Plague in India, 1896, 1897 - Volume 2
Year: 1896
Disease focus: Plague
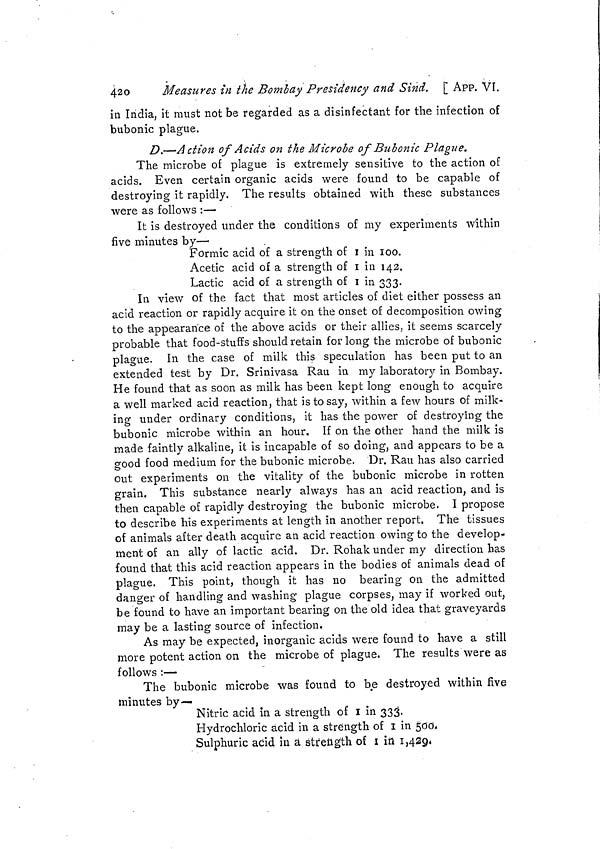
420
Measures in the Bombay Presidency and Sind. [ APP. VI.
in India, it must not be regarded as a disinfectant for the infection of
bubonic plague.
D.—Action of Acids on the Microbe of Bubonic Plague.
The microbe of plague is extremely sensitive to the action of
acids. Even certain organic acids were found to be capable of
destroying it rapidly. The results obtained with these substances
were as follows :—
It is destroyed under the conditions of my experiments within
five minutes by—•
Formic acid of a strength of I in 100.
Acetic acid of a strength of I in 142,
Lactic acid of a strength of I in 333.
In view of the fact that most articles of diet either possess an
acid reaction or rapidly acquire it on the onset of decomposition owing
to the appearance of the above acids or their allies, it seems scarcely
probable that food-stuffs should retain for long the microbe of bubonic
plague. In the case of milk this speculation has been put to an
extended test by Dr. Srinivasa Rau in my laboratory in Bombay.
He found that as soon as milk has been kept long enough to acquire
a well marked acid reaction, that is to say, within a few hours of milk-
ing under ordinary conditions, it has the power of destroying the
bubonic microbe within an hour. If on the other hand the milk is
made faintly alkaline, it is incapable of so doing, and appears to be a
good food medium for the bubonic microbe. Dr. Rau has also carried
out experiments on the vitality of the bubonic microbe in rotten
grain. This substance nearly always has an acid reaction, and is
then capable of rapidly destroying the bubonic microbe. I propose
to describe his experiments at length in another report, The tissues
of animals after death acquire an acid reaction owing to the develop-
ment of an ally of lactic acid. Dr. Rohak under my direction has
found that this acid reaction appears in the bodies of animals dead of
plague. This point, though it has no bearing on the admitted
danger of handling and washing plague corpses, may if worked out,
be found to have an important bearing on the old idea that graveyards
may be a lasting source of infection,
As may be expected, inorganic acids were found to have a still
more potent action on the microbe of plague. The results were as
follows :—
The bubonic microbe was found to be destroyed within five
minutes by—
Nitric acid in a strength of I in 333.
Hydrochloric acid in a strength of I in 500,,
Sulphuric acid in ä strength of I in 1,429.